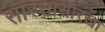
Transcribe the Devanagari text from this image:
सारसासारखा